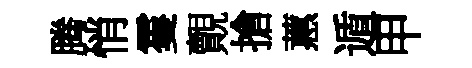
腾悄䨥覿搶蕙遁甲